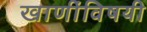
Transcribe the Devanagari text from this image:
खाणींविषयी